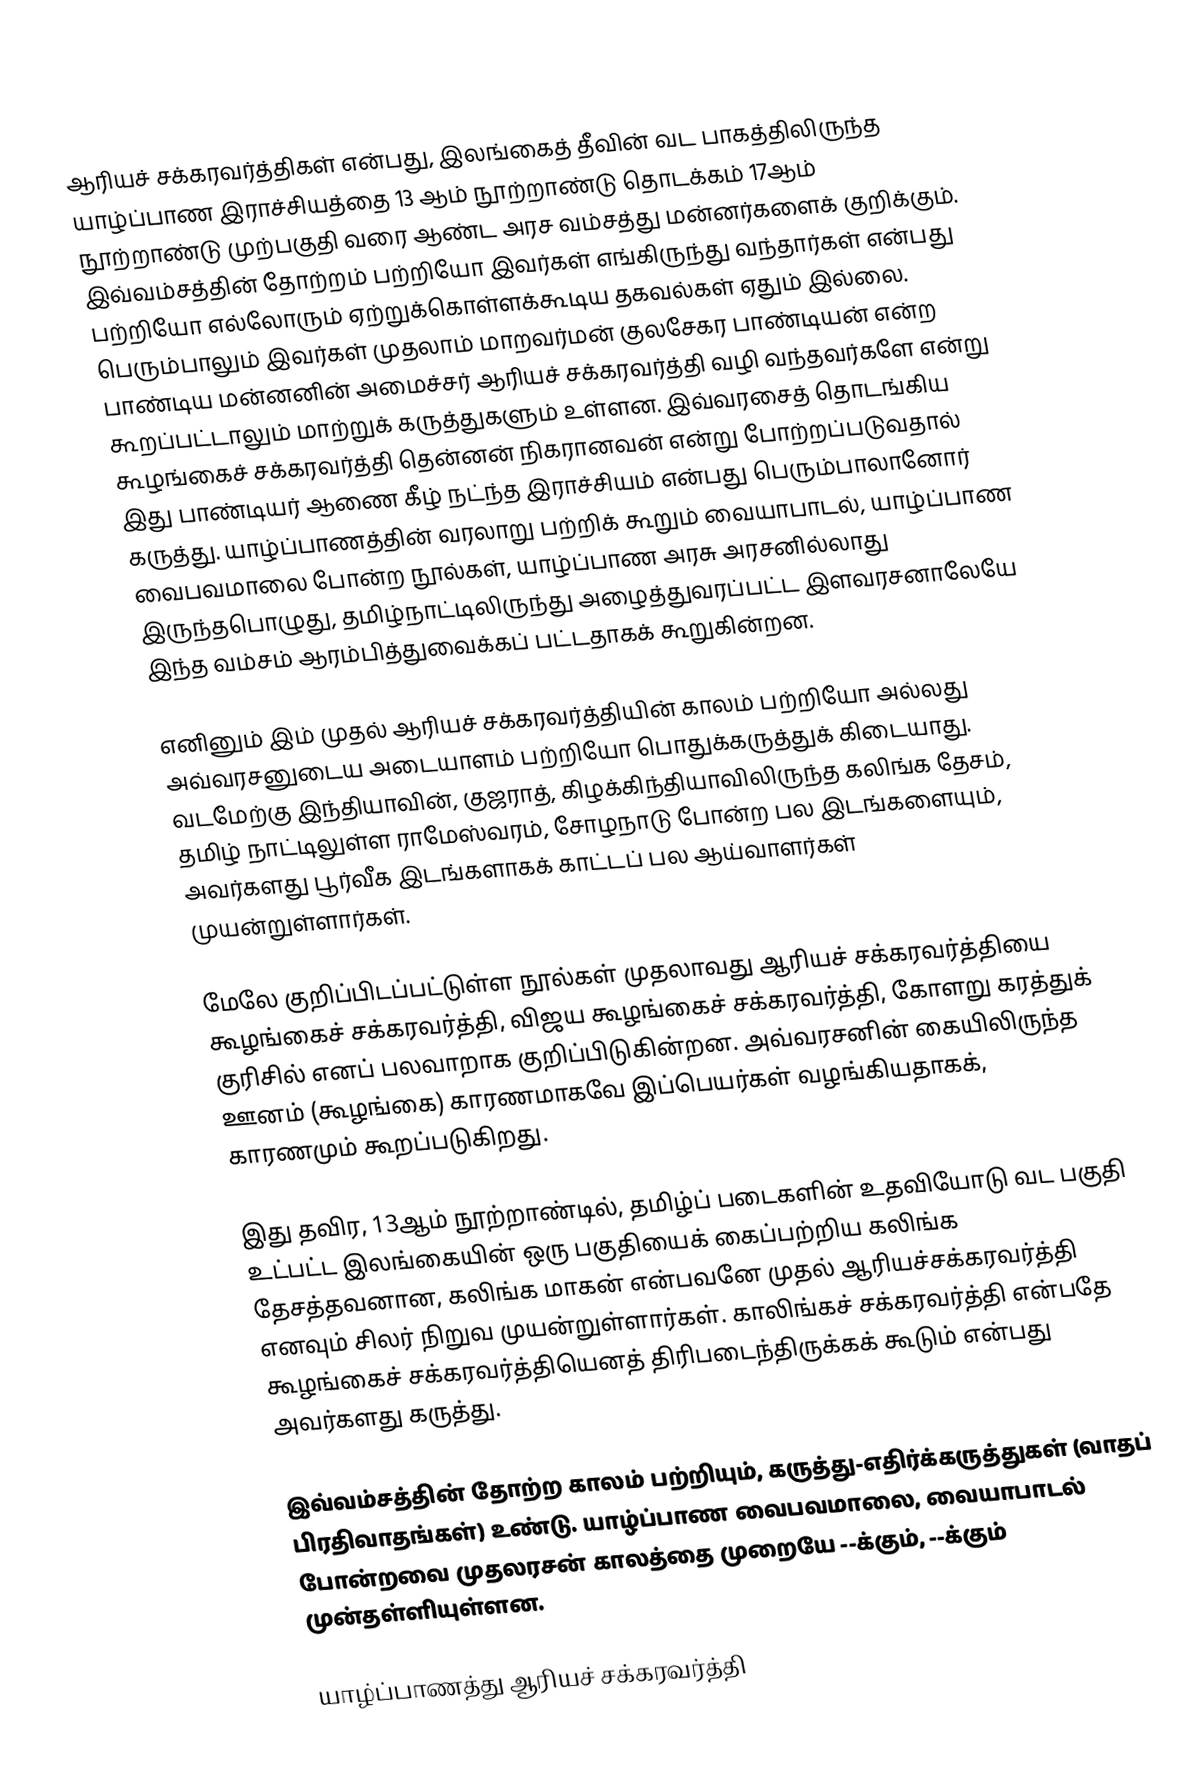
ஆரியச் சக்கரவர்த்திகள் என்பது, இலங்கைத் தீவின் வட பாகத்திலிருந்த யாழ்ப்பாண இராச்சியத்தை 13 ஆம் நூற்றாண்டு தொடக்கம் 17ஆம் நூற்றாண்டு முற்பகுதி வரை ஆண்ட அரச வம்சத்து மன்னர்களைக் குறிக்கும். இவ்வம்சத்தின் தோற்றம் பற்றியோ இவர்கள் எங்கிருந்து வந்தார்கள் என்பது பற்றியோ எல்லோரும் ஏற்றுக்கொள்ளக்கூடிய தகவல்கள் ஏதும் இல்லை. பெரும்பாலும் இவர்கள் முதலாம் மாறவர்மன் குலசேகர பாண்டியன் என்ற பாண்டிய மன்னனின் அமைச்சர் ஆரியச் சக்கரவர்த்தி வழி வந்தவர்களே என்று கூறப்பட்டாலும் மாற்றுக் கருத்துகளும் உள்ளன. இவ்வரசைத் தொடங்கிய கூழங்கைச் சக்கரவர்த்தி தென்னன் நிகரானவன் என்று போற்றப்படுவதால் இது பாண்டியர் ஆணை கீழ் நட்ந்த இராச்சியம் என்பது பெரும்பாலானோர் கருத்து. யாழ்ப்பாணத்தின் வரலாறு பற்றிக் கூறும் வையாபாடல், யாழ்ப்பாண வைபவமாலை போன்ற நூல்கள், யாழ்ப்பாண அரசு அரசனில்லாது இருந்தபொழுது, தமிழ்நாட்டிலிருந்து அழைத்துவரப்பட்ட இளவரசனாலேயே இந்த வம்சம் ஆரம்பித்துவைக்கப் பட்டதாகக் கூறுகின்றன.

எனினும் இம் முதல் ஆரியச் சக்கரவர்த்தியின் காலம் பற்றியோ அல்லது அவ்வரசனுடைய அடையாளம் பற்றியோ பொதுக்கருத்துக் கிடையாது. வடமேற்கு இந்தியாவின், குஜராத், கிழக்கிந்தியாவிலிருந்த கலிங்க தேசம், தமிழ் நாட்டிலுள்ள ராமேஸ்வரம், சோழநாடு போன்ற பல இடங்களையும், அவர்களது பூர்வீக இடங்களாகக் காட்டப் பல ஆய்வாளர்கள் முயன்றுள்ளார்கள்.

மேலே குறிப்பிடப்பட்டுள்ள நூல்கள் முதலாவது ஆரியச் சக்கரவர்த்தியை கூழங்கைச் சக்கரவர்த்தி, விஜய கூழங்கைச் சக்கரவர்த்தி, கோளறு கரத்துக் குரிசில் எனப் பலவாறாக குறிப்பிடுகின்றன. அவ்வரசனின் கையிலிருந்த ஊனம் (கூழங்கை) காரணமாகவே இப்பெயர்கள் வழங்கியதாகக், காரணமும் கூறப்படுகிறது.

இது தவிர, 13ஆம் நூற்றாண்டில், தமிழ்ப் படைகளின் உதவியோடு வட பகுதி உட்பட்ட இலங்கையின் ஒரு பகுதியைக் கைப்பற்றிய கலிங்க தேசத்தவனான, கலிங்க மாகன் என்பவனே முதல் ஆரியச்சக்கரவர்த்தி எனவும் சிலர் நிறுவ முயன்றுள்ளார்கள். காலிங்கச் சக்கரவர்த்தி என்பதே கூழங்கைச் சக்கரவர்த்தியெனத் திரிபடைந்திருக்கக் கூடும் என்பது அவர்களது கருத்து.

இவ்வம்சத்தின் தோற்ற காலம் பற்றியும், கருத்து-எதிர்க்கருத்துகள் (வாதப் பிரதிவாதங்கள்) உண்டு. யாழ்ப்பாண வைபவமாலை, வையாபாடல் போன்றவை முதலரசன் காலத்தை முறையே --க்கும், --க்கும் முன்தள்ளியுள்ளன.

யாழ்ப்பாணத்து ஆரியச் சக்கரவர்த்தி